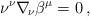
LaTeX: \begin{align*}\nu^\nu\nabla_{\!\nu}\beta^\mu=0\, , \end{align*}